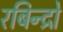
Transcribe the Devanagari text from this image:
रबिन्द्रो